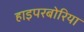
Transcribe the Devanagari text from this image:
हाइपरबोरिया